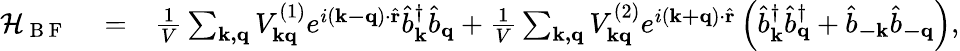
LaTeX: \begin{array}{rlr}{\mathcal{H}_{\mathrm{~B~F~}}}&{{}=}&{\frac{1}{V}\sum_{\mathbf{k,q}}V_{\mathbf{kq}}^{(1)}e^{i\left(\mathbf{k-q}\right)\cdot\hat{\mathbf{r}}}\hat{b}_{\mathbf{k}}^{\dagger}\hat{b}_{\mathbf{q}}+\frac{1}{V}\sum_{\mathbf{k,q}}V_{\mathbf{kq}}^{(2)}e^{i\left(\mathbf{k+q}\right)\cdot\hat{\mathbf{r}}}\left(\hat{b}_{\mathbf{k}}^{\dagger}\hat{b}_{\mathbf{q}}^{\dagger}+\hat{b}_{\mathbf{-k}}\hat{b}_{\mathbf{-q}}\right),}\end{array}